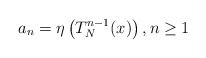
\begin{align*}a_n= \eta\left(T_N^{n-1}(x)\right), n \geq 1 \end{align*}